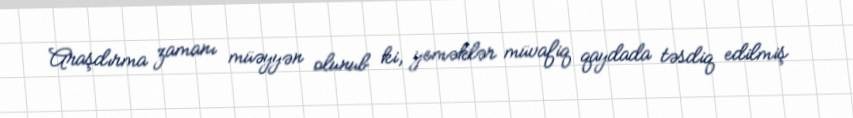
Araşdırma zamanı müəyyən olunub ki, yeməklər müvafiq qaydada təsdiq edilmiş